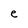
Character: e